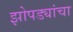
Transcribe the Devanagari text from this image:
झोपड्यांचा